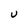
Character: U